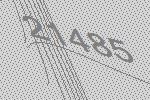
21485